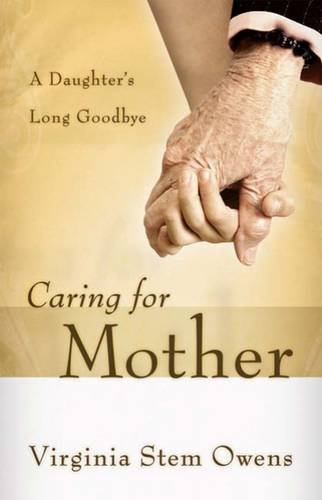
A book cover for Caring for Mother: A Daughter's Long Goodbye; Virginia Stem Owens; Health, Fitness & Dieting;